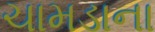
ચામડાના